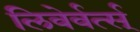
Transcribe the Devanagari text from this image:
लिवेर्वर्त्स्